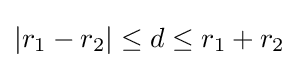
|r_{1}-r_{2}|\leq d\leq r_{1}+r_{2}